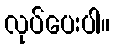
လုပ်ပေးပါ။